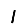
Digit: 1